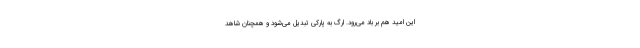
این امید هم بر باد می‌رود. ارگ به پارکی تبدیل می‌شود و همچنان شاهد